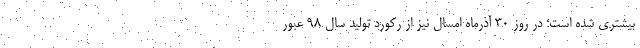
بیشتری شده است؛ در روز ۳۰ آذرماه امسال نیز از رکورد تولید سال ۹۸ عبور